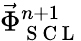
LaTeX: \vec{\Phi}_{\mathrm{~S~C~L~}}^{n+1}